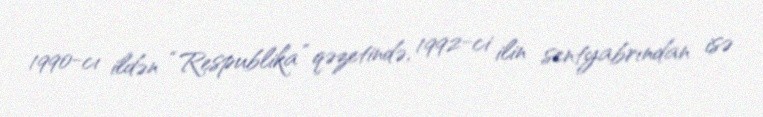
1990-cı ildən “Respublika” qəzetində, 1992-ci ilin sentyabrından isə